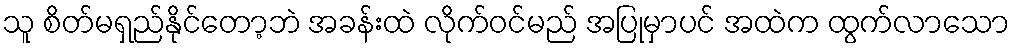
သူ စိတ်မရှည်နိုင်တော့ဘဲ အခန်းထဲ လိုက်ဝင်မည် အပြုမှာပင် အထဲက ထွက်လာသော